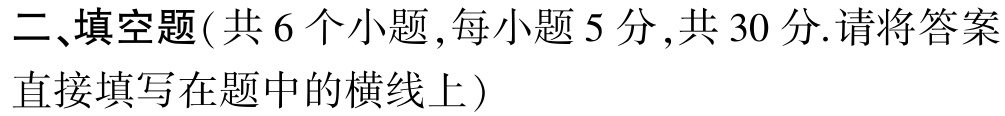
二、填空题(共 6 个小题,每小题 5 分,共 30 分.请将答案直接填写在题中的横线上)